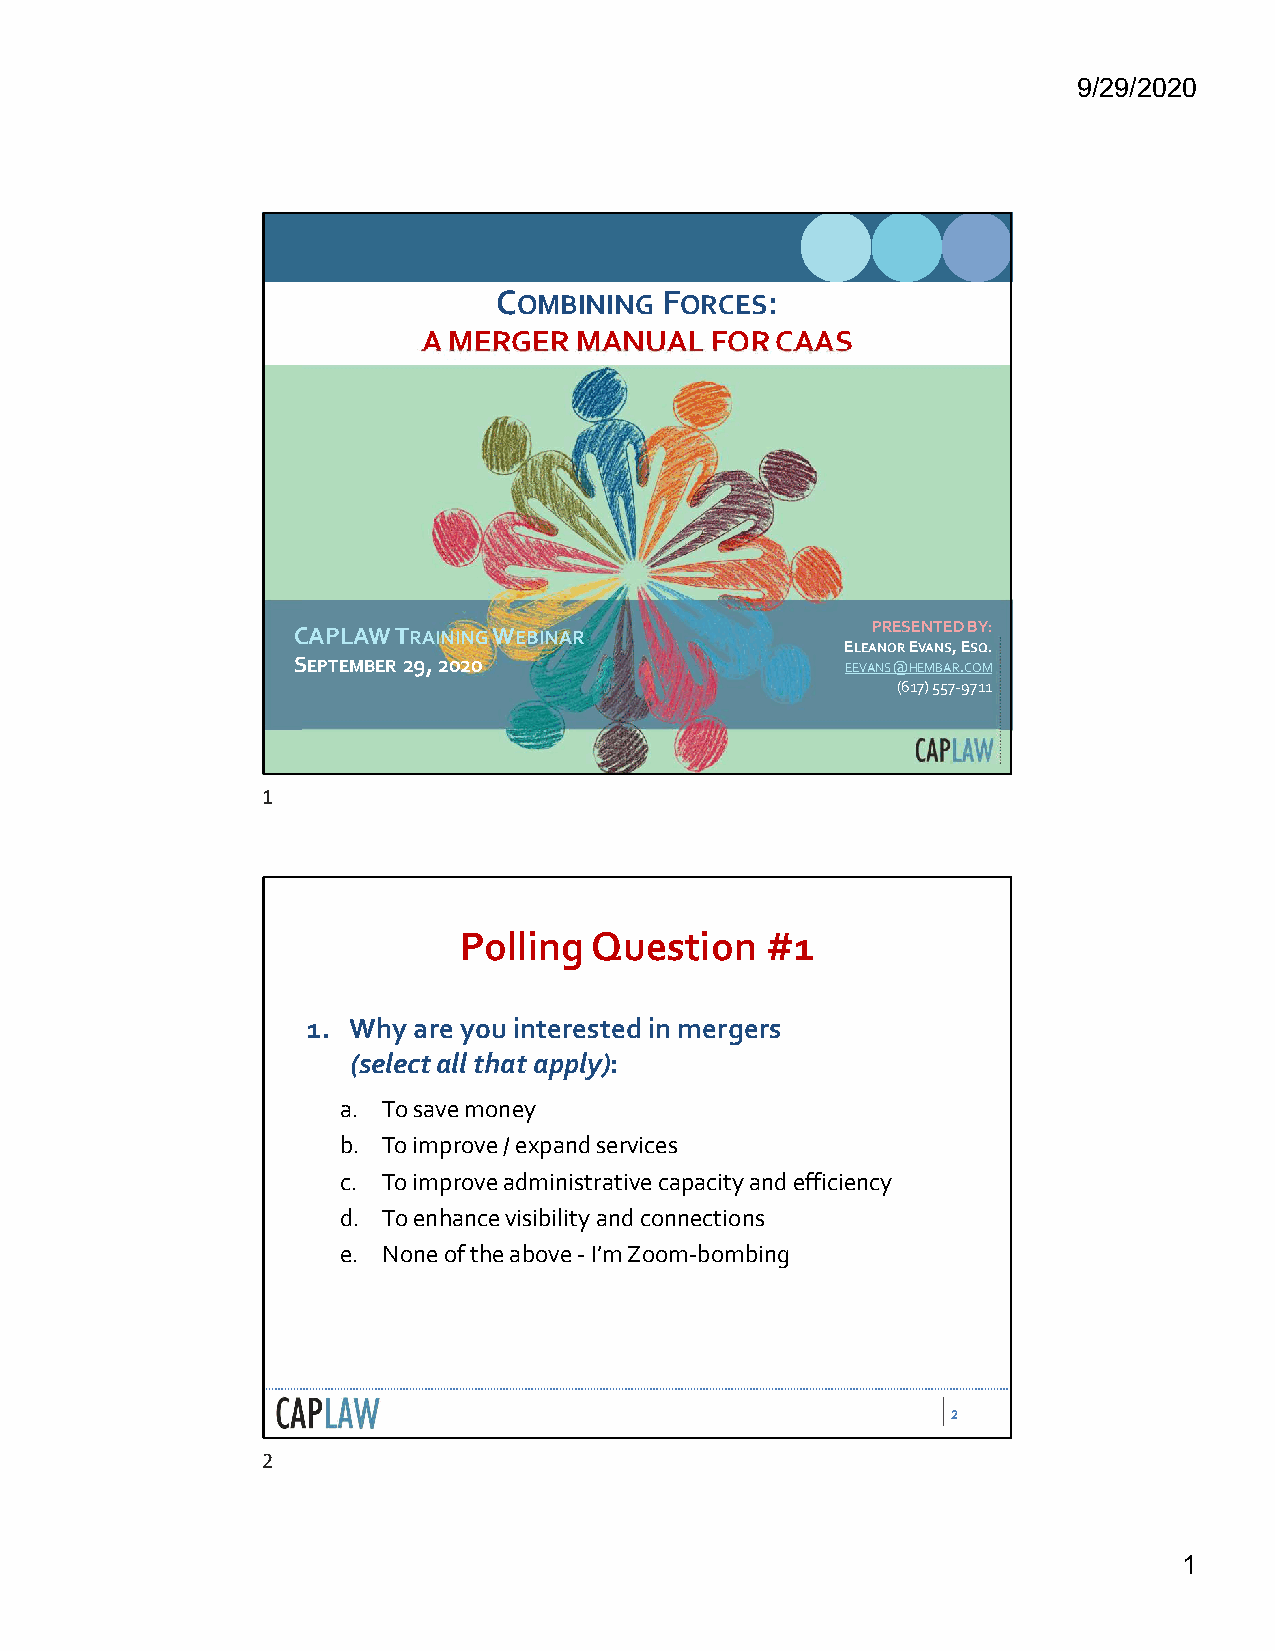
9/29/2020
 COMBINING  FORCES:
 A MERGER  MANUAL   FOR CAAS
 CAPLAW TRAININGWEBINAR                 PRESENTED BY:
 ELEANOREVANS, ESQ.
 SEPTEMBER29, 2020                    EEVANS@HEMBAR.COM
 (617) 557-9711
 1
 Polling  Question    #1
 1. Why are you interested in mergers
 (select all that apply):
 a. To save money
 b. To improve / expand services
 c. To improve administrative capacity and efficiency
 d. To enhance visibility and connections
 e. None of the above -I’m Zoom-bombing
 2
 2
 1